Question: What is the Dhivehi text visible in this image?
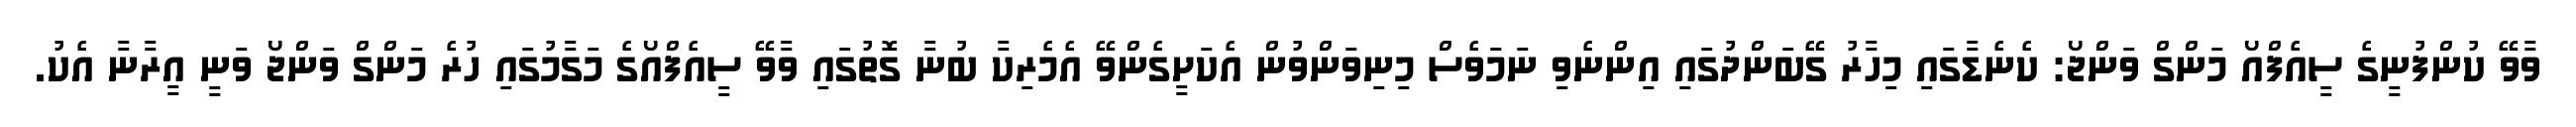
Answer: ވާވޭ ކުންފުނީގެ ސީއެފްއޯ މަންގް ވަންޖޯ: ކެނެޑާގައި މިހާރު ގޭބަންދުގައި އިންނެވި ނަމަވެސް މިނިވަންވުން އެކަށީގެންވޭ އެމެރިކާ ބުނާ ގޮތުގައި ވާވޭ ސީއެފްއޯގެ މަގާމުގައި ހުރެ މަންގް ވަންޖޯ ވަނީ އީރާނާ އެކު.